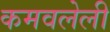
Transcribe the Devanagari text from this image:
कमवलेली